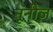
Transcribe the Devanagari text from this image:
नूनीज़